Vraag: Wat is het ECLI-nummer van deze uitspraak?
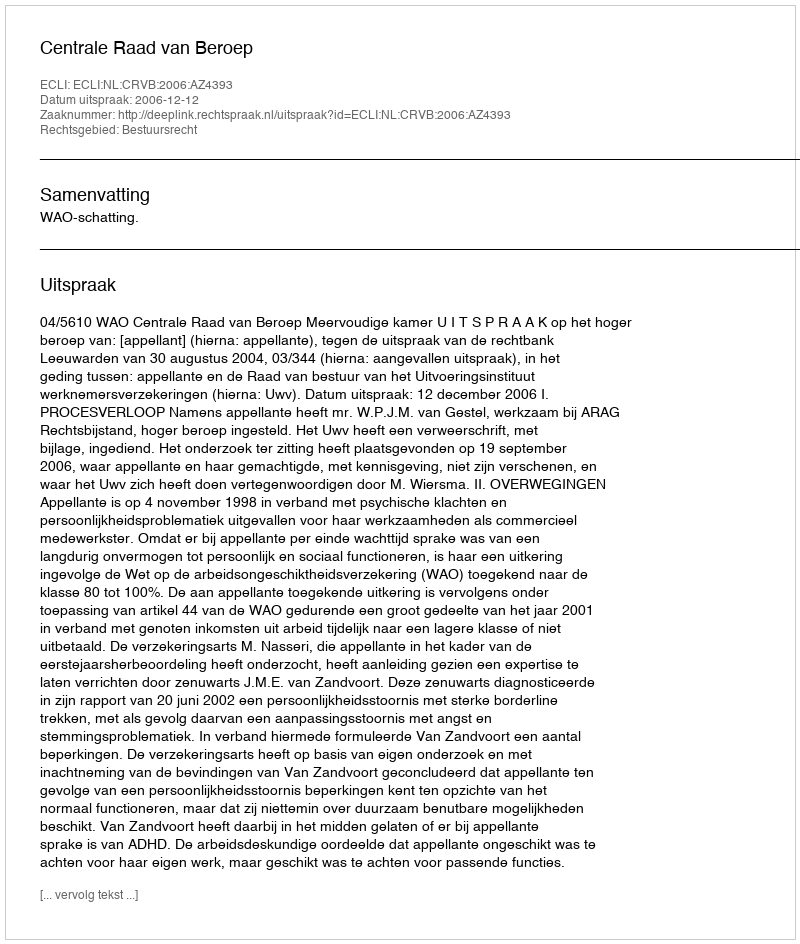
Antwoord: ECLI:NL:CRVB:2006:AZ4393